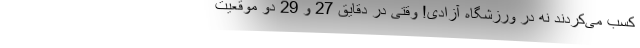
کسب می‌کردند نه در ورزشگاه آزادی! وقتی در دقایق 27 و 29 دو موقعیت